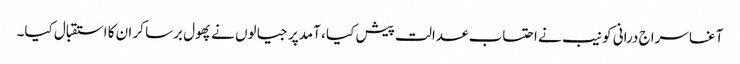
آغا سراج درانی کو نیب نے احتساب عدالت پیش کیا ، آمدپر جیالوں نے پھول برسا کر ان کا استقبال کیا۔